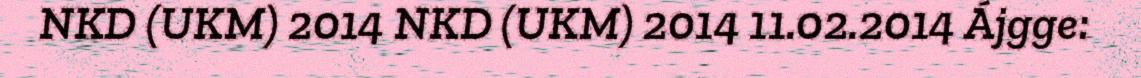
NKD (UKM) 2014 NKD (UKM) 2014 11.02.2014 Ájgge: